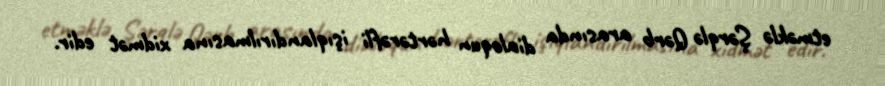
etməklə Şərqlə Qərb arasında dialoqun hərtərəfli işıqlandırılmasına xidmət edir.